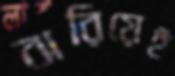
ঝরিয়েই